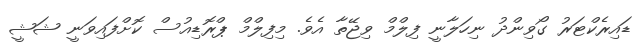
ޑައިރެކްޓަރު ގޯވިންދު ނިހަލާނީ ފިލްމް ވިޖޭތާ އެވެ. މިފިލްމް ޕްރޮޑިއުސް ކޮށްފައިވަނީ ޝަޝީ